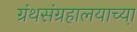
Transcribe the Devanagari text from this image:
ग्रंथसंग्रहालयाच्या़